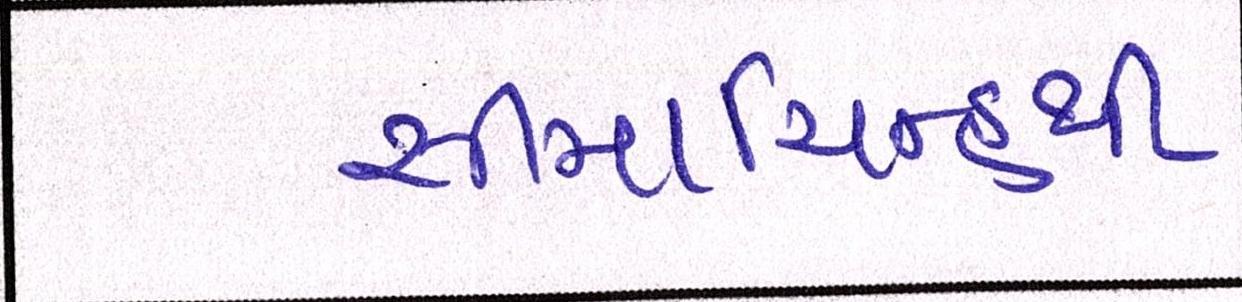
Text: સીમાચિન્હથી